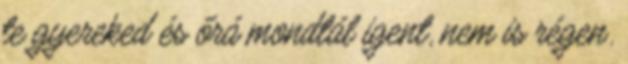
te gyereked és őrá mondtál igent, nem is régen.